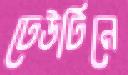
ঢেউটিনে